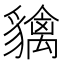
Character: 𧴐